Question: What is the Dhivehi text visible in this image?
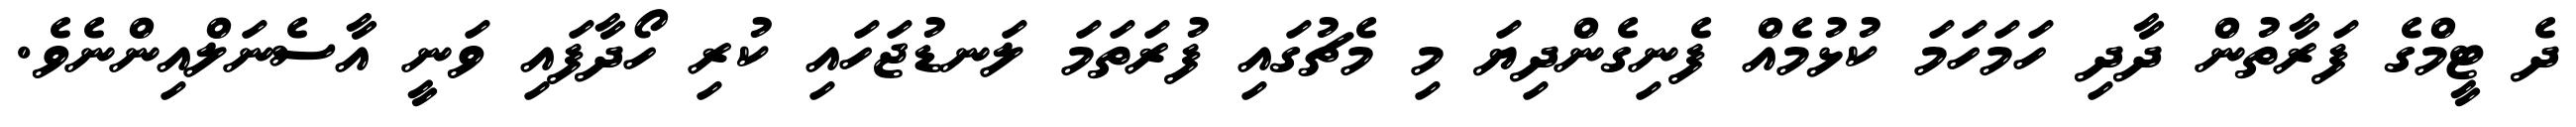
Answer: ދެ ޓީމްގެ ފަރާތުން ދާދި ހަމަހަމަ ކުޅުމެއް ފެނިގެންދިޔަ މި މެޗުގައި ފުރަތަމަ ލަނޑުޖަހައި ކުރި ހޯދާފައި ވަނީ އާސެނަލްއިންނެވެ.